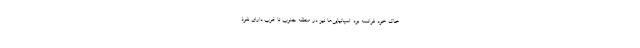
خاک خود فرانسه بود. اسپانیایی‌ها نیز در منطقه جنوب تا غرب دارای نفوذ